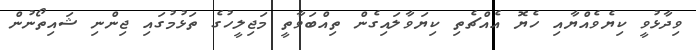
ވިދާޅުވީ ކިޔެވެއްޔާއި ހެޔޮ އެއްޗެތި ކިޔަވާލައިގެން ތިއްބަވާތީ މަޖިލީހުގެ ތަޅުމުގައި ޖިންނި ޝައިތޯނުން